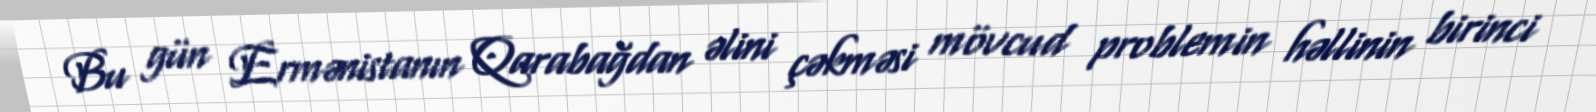
Bu gün Ermənistanın Qarabağdan əlini çəkməsi mövcud problemin həllinin birinci